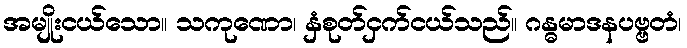
အမျိုးငယ်သော။ သကုဏော၊ နှံစုတ်ငှက်ငယ်သည်။ ဂန္ဓမာဒနပဗ္ဗတံ၊